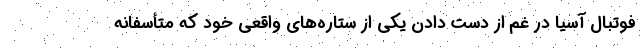
فوتبال آسیا در غم از دست دادن یکی از ستاره‌های واقعی خود که متأسفانه